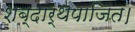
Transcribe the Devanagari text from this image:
शब्दार्थपाजित।